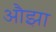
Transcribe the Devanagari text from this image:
औझा